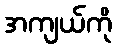
အကျယ်ကို